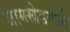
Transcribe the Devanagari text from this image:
जामखेडमध्ये